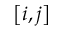
\left[ i , j \right]